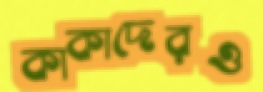
কাকাদেরও